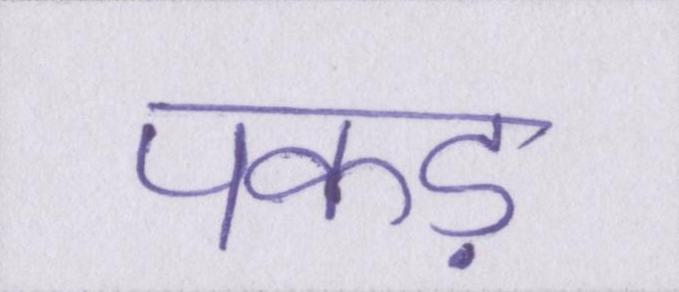
पकड़